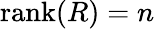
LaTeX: \operatorname{rank}(R)=n